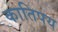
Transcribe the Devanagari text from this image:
कातिपय